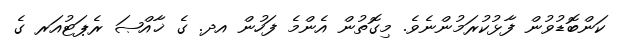
ކަންބޮޑުވުން ފާޅުކުރަމުންނެވެ. މިގޮތުން އެންމެ ފަހުން އދ. ގެ ޚާއްޞަ ރެޕަޓުއަރ ގެ